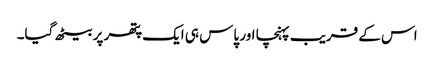
اس کے قریب پہنچا اور پاس ہی ایک پتھر پر بیٹھ گیا۔